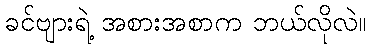
ခင်ဗျားရဲ့ အစားအစာက ဘယ်လိုလဲ။